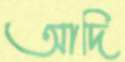
আদি